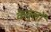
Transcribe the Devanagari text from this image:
केबुलों